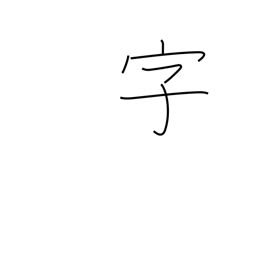
Meaning: section of village